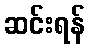
ဆင်းရန်